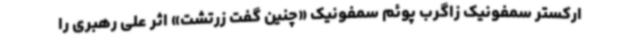
ارکستر سمفونیک زاگرب پوئم سمفونیک «چنین گفت زرتشت» اثر علی رهبری را